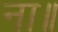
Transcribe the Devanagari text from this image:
ना॥